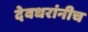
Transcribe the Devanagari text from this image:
देवधरांनीच